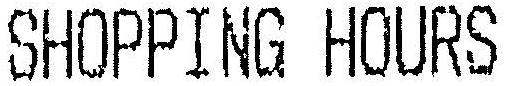
SHOPPING HOURS